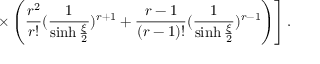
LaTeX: \left. \times \left( \frac { r ^ { 2 } } { r ! } ( \frac { 1 } { \sinh { \frac { \xi } { 2 } } } ) ^ { r + 1 } + \frac { r - 1 } { ( r - 1 ) ! } ( \frac { 1 } { \sinh { \frac { \xi } { 2 } } } ) ^ { r - 1 } \right) \right] .